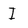
Character: I